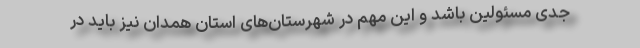
جدی مسئولین باشد و این مهم در شهرستان‌های استان همدان نیز باید در